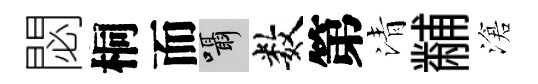
閟桐而囁数第清黼滄